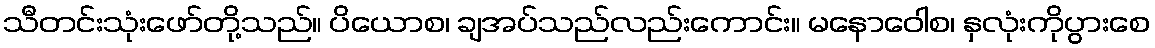
သီတင်းသုံးဖော်တို့သည်။ ပိယောစ၊ ချအပ်သည်လည်းကောင်း။ မနောဝေါစ၊ နှလုံးကိုပွားစေ